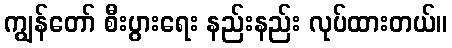
ကျွန်တော် စီးပွားရေး နည်းနည်း လုပ်ထားတယ်။